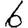
Digit: 6